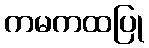
ကမကထပြု